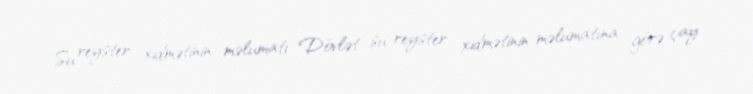
Su reyster xidmətinin məlumatı Dövlət su reyster xidmətinin məlumatına görə çay